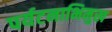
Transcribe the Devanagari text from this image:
पर्यटनाभिमुख